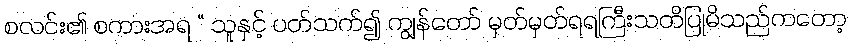
စလင်း၏ စကားအရ “ သူနှင့် ပတ်သက်၍ ကျွန်တော် မှတ်မှတ်ရရကြီးသတိပြုမိသည်ကတော့